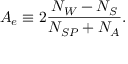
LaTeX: A _ { e } \equiv 2 \frac { N _ { W } - N _ { S } } { N _ { S P } + N _ { A } } .